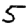
Digit: 5